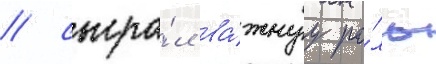
/ сыгра́л ва́жнуу ро́ль